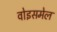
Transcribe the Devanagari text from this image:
वोइसमेल